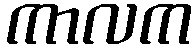
ကာလက